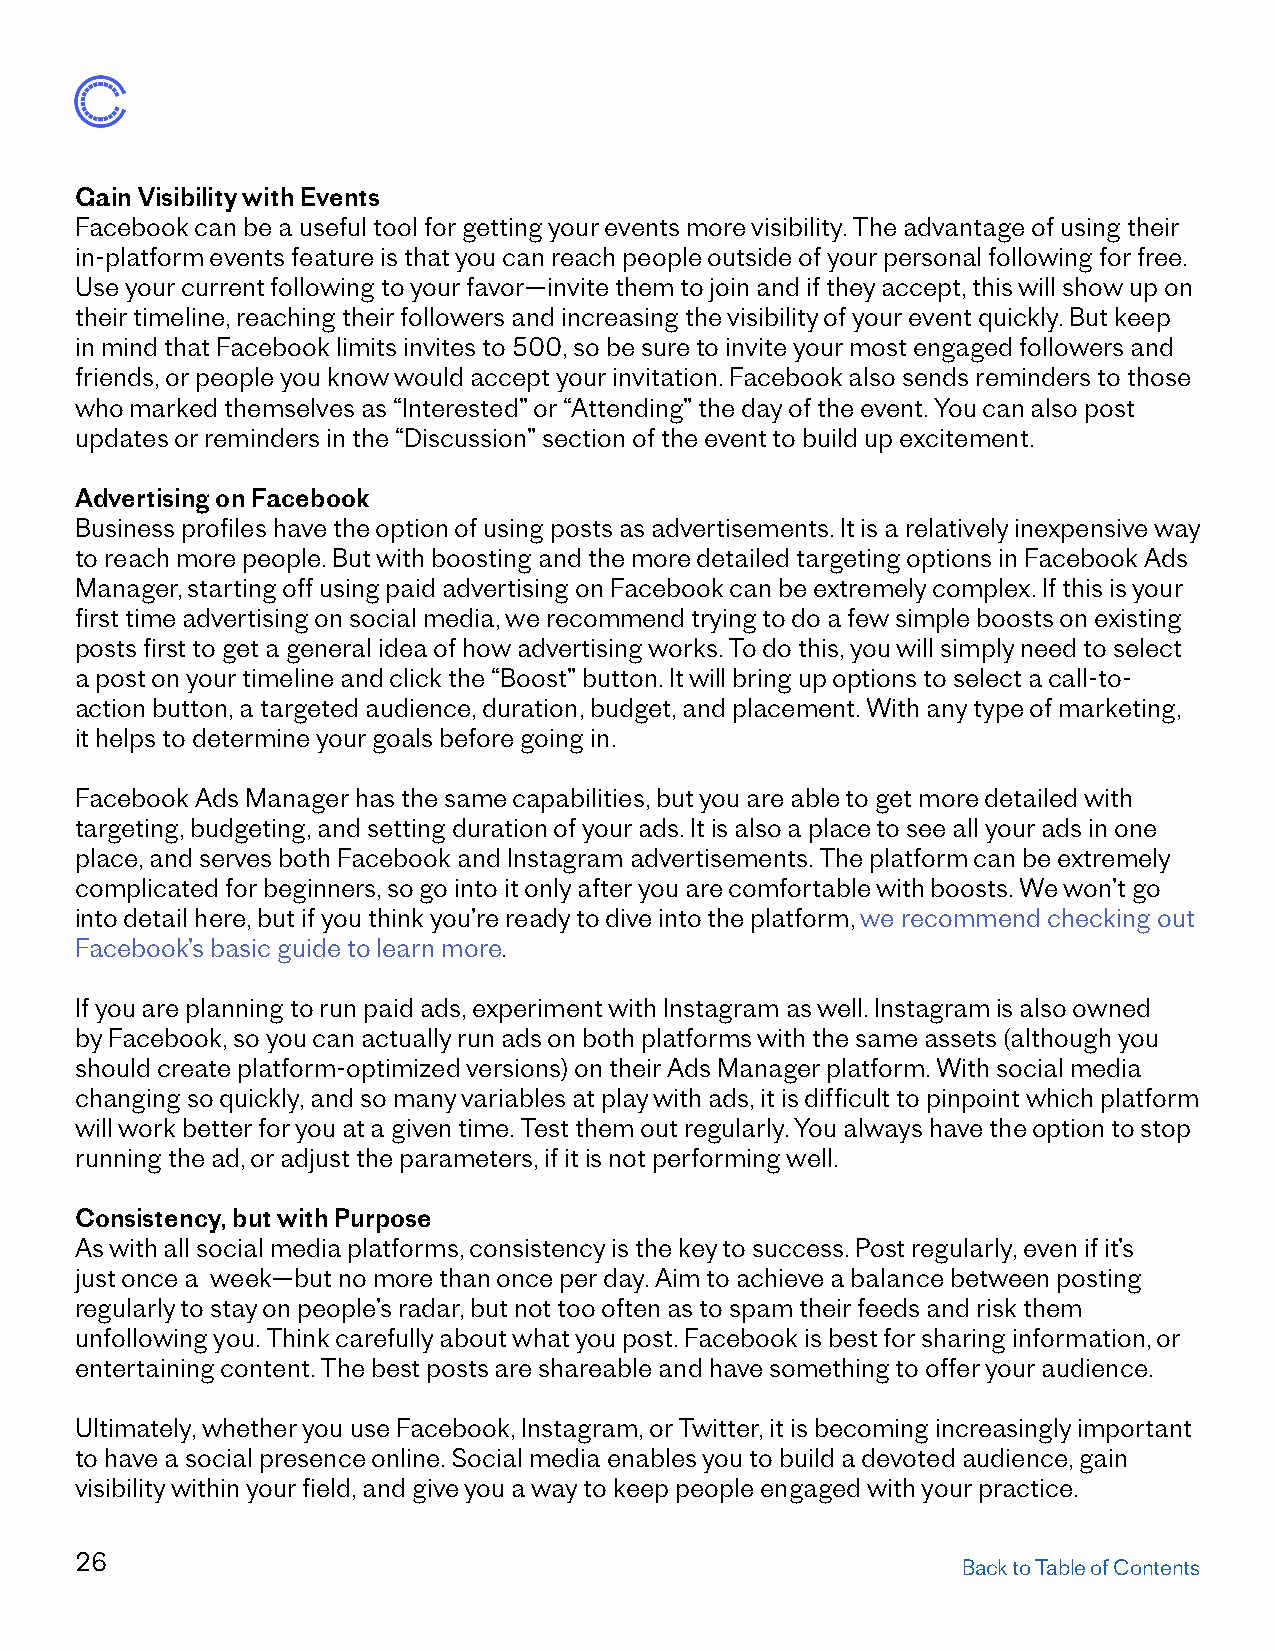
Gain Visibility with Events
 Facebook can be a useful tool for getting your events more visibility. The advantage of using their
 in-platform events feature is that you can reach people outside of your personal following for free.
 Use your current following to your favor—invite them to join and if they accept, this will show up on
 their timeline, reaching their followers and increasing the visibility of your event quickly. But keep
 in mind that Facebook limits invites to 500, so be sure to invite your most engaged followers and
 friends, or people you know would accept your invitation. Facebook also sends reminders to those
 who marked themselves as “Interested” or “Attending” the day of the event. You can also post
 updates or reminders in the “Discussion” section of the event to build up excitement.
 Advertising on Facebook
 Business profiles have the option of using posts as advertisements. It is a relatively inexpensive way
 to reach more people. But with boosting and the more detailed targeting options in Facebook Ads
 Manager, starting off using paid advertising on Facebook can be extremely complex. If this is your
 first time advertising on social media, we recommend trying to do a few simple boosts on existing
 posts first to get a general idea of how advertising works. To do this, you will simply need to select
 a post on your timeline and click the “Boost” button. It will bring up options to select a call-to-
 action button, a targeted audience, duration, budget, and placement. With any type of marketing,
 it helps to determine your goals before going in.
 Facebook Ads Manager has the same capabilities, but you are able to get more detailed with
 targeting, budgeting, and setting duration of your ads. It is also a place to see all your ads in one
 place, and serves both Facebook and Instagram advertisements. The platform can be extremely
 complicated for beginners, so go into it only after you are comfortable with boosts. We won’t go
 into detail here, but if you think you’re ready to dive into the platform, we recommend checking out
 Facebook’s basic guide to learn more.
 If you are planning to run paid ads, experiment with Instagram as well. Instagram is also owned
 by Facebook, so you can actually run ads on both platforms with the same assets (although you
 should create platform-optimized versions) on their Ads Manager platform. With social media
 changing so quickly, and so many variables at play with ads, it is difficult to pinpoint which platform
 will work better for you at a given time. Test them out regularly. You always have the option to stop
 running the ad, or adjust the parameters, if it is not performing well.
 Consistency, but with Purpose
 As with all social media platforms, consistency is the key to success. Post regularly, even if it’s
 just once a week—but no more than once per day. Aim to achieve a balance between posting
 regularly to stay on people’s radar, but not too often as to spam their feeds and risk them
 unfollowing you. Think carefully about what you post. Facebook is best for sharing information, or
 entertaining content. The best posts are shareable and have something to offer your audience.
 Ultimately, whether you use Facebook, Instagram, or Twitter, it is becoming increasingly important
 to have a social presence online. Social media enables you to build a devoted audience, gain
 visibility within your field, and give you a way to keep people engaged with your practice.
 26
 Back to Table of Contents